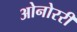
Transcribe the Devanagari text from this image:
ओनोररी